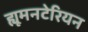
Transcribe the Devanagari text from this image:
ह्यूमनटेरियन